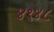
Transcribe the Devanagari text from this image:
४९४८